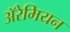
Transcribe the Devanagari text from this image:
अॅरेमियन